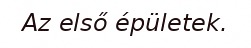
Az első épületek.